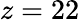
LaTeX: z=22